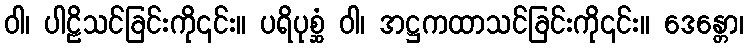
ဝါ၊ ပါဠိသင်ခြင်းကို၎င်း။ ပရိပုစ္ဆံ ဝါ၊ အဋ္ဌကထာသင်ခြင်းကို၎င်း။ ဒေန္တော၊